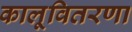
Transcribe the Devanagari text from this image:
कालूवितरणा